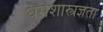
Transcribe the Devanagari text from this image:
धर्मशास्त्रज्ञता